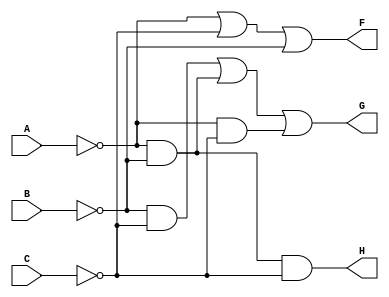
module append_3of6(input A, B, C, output F, G, H);

assign A_n = !A;
assign B_n = !B;
assign C_n = !C;

assign F = A_n | C_n | B_n;
assign G = (B_n & C_n) | (A_n & B_n) | (A_n & C_n);
assign H = A_n & B_n & C_n;

endmodule